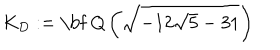
LaTeX: K _ { D } : = \mathrm { \bf ~ Q } \left( \sqrt { - 1 2 \sqrt { 5 } - 3 1 } \right)